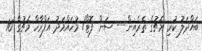
ބައްދަލު ކުރި މެޗުގެ ތެރެއިން--- ސަން ފޮޓޯ/ މުހައްމަދު އަފްރާހް މެޗުގެ 16